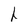
Character: h